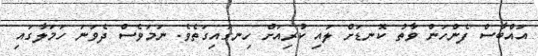
އައްބާސް ފެންހަން ވާތު ކޮނޑަށް ލައި ކުރިއަށް ހިނގައިގަތެވެ. ނަމަވެސް ދެވަނަ ހަމަލާގައި